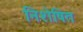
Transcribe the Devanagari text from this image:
निशेषित